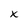
Character: x